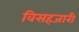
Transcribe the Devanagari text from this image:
विसहजारी